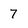
Character: 7